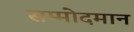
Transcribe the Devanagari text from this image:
सम्मोदमान